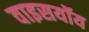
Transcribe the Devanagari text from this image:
वाइसयॉय